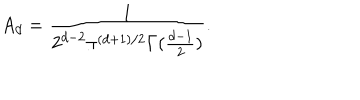
LaTeX: A _ { d } = \frac { 1 } { 2 ^ { d - 2 } \pi ^ { ( d + 1 ) / 2 } \Gamma ( \frac { d - 1 } { 2 } ) } .